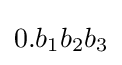
0.b_{1}b_{2}b_{3}